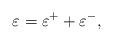
LaTeX: \begin{align*}\varepsilon = \varepsilon^+ + \varepsilon^- ,\end{align*}